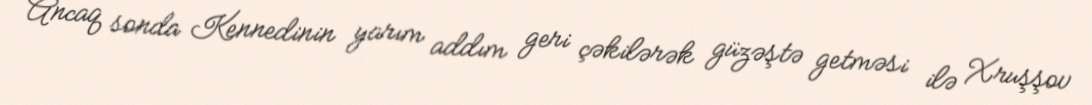
Ancaq sonda Kennedinin yarım addım geri çəkilərək güzəştə getməsi ilə Xruşşov